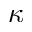
\kappa